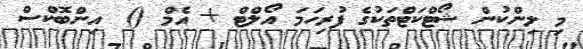
މި ލިންކުން ޝޯޓްކަޓްތަކުގެ ފުރިހަމަ އޯލްޓް + އެމް ()  އިންބޮކްސް